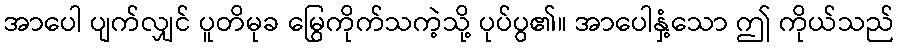
အာပေါ ပျက်လျှင် ပူတိမုခ မြွေကိုက်သကဲ့သို့ ပုပ်ပွ၏။ အာပေါနှံ့သော ဤ ကိုယ်သည်